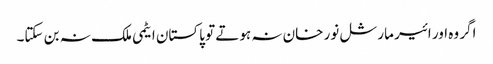
اگر وہ اور ائیر مارشل نور خان نہ ہوتے تو پاکستان ایٹمی ملک نہ بن سکتا۔